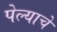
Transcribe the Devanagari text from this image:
पेल्याचे